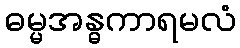
ဓမ္မအန္ဓကာရမလံ